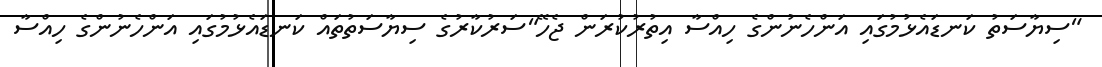
"ސިޔާސަތު ކަނޑައެޅުމުގައި އަންހެނުންގެ ހިއްސާ އިތުރުކުރަން ޖެހޭ"ސަރުކާރުގެ ސިޔާސަތުތައް ކަނޑައެޅުމުގައި އަންހެނުންގެ ހިއްސާ